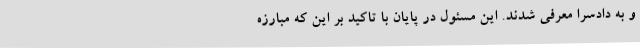
و به دادسرا معرفی شدند. این مسئول در پایان با تاکید بر این‌ که مبارزه